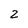
Character: 2